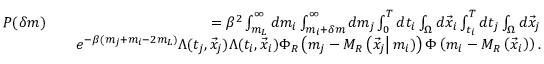
\begin{array} { r l r } { P ( \delta m ) } & { } & { = \beta ^ { 2 } \int _ { m _ { L } } ^ { \infty } d m _ { i } \int _ { m _ { i } + \delta m } ^ { \infty } d m _ { j } \int _ { 0 } ^ { T } d t _ { i } \int _ { \Omega } d \vec { x } _ { i } \int _ { t _ { i } } ^ { T } d t _ { j } \int _ { \Omega } d \vec { x } _ { j } } \\ & { } & { e ^ { - \beta ( m _ { j } + m _ { i } - 2 m _ { L } ) } \Lambda ( t _ { j } , \vec { x } _ { j } ) \Lambda ( t _ { i } , \vec { x } _ { i } ) \Phi _ { R } \left( m _ { j } - M _ { R } \left( \vec { x } _ { j } \right\vert m _ { i } ) \right) \Phi \left( m _ { i } - M _ { R } \left( \vec { x } _ { i } \right) \right) . } \end{array}